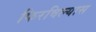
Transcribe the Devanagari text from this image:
फिरविल्यास